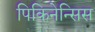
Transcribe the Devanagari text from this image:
पिकिनेन्सिस